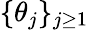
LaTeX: \{ \theta_{j}\} _{j\ge 1}